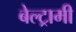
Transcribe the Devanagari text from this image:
बेल्ट्रामी